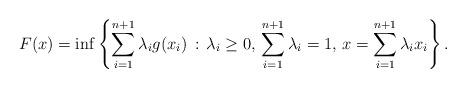
LaTeX: \begin{align*}F(x)=\inf\left\{\sum_{i=1}^{n+1}\lambda_i g(x_i) \, : \, \lambda_i\geq 0, \, \sum_{i=1}^{n+1}\lambda_i=1, \, x=\sum_{i=1}^{n+1}\lambda_i x_i \right\}.\end{align*}